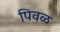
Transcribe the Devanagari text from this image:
पिवळ